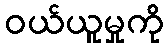
ဝယ်ယူမှုကို